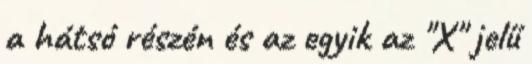
a hátsó részén és az egyik az "X" jelű